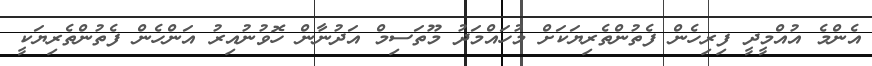
އެންމެ އުއްމީދީ ފިރިހެން ފެތުންތެރިޔަކަށް މުހައްމަދު މޫތަސިމް އަދުނާން ހޮވުނުއިރު އަންހެން ފެތުންތެރިޔަކީ